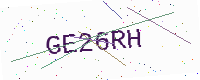
Text: GE26RH